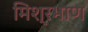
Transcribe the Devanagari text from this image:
मिश्रभाण